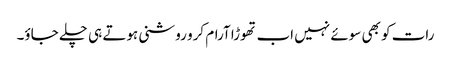
رات کو بھی سوئے نہیں اب تھوڑا آرام کرو روشنی ہوتے ہی چلے جاؤ۔